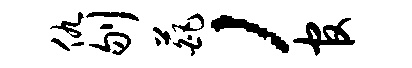
仇刎葩，官